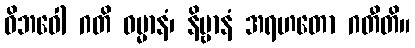
ဝိဘဝေါ ဂတိ ဓမ္မာနံ၊ နိဗ္ဗာနံ အရဟတော ဂတီတိ။